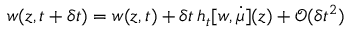
w ( z , t + \delta t ) = w ( z , t ) + \delta t \, h _ { t } [ w , \dot { \mu } ] ( z ) + \mathcal { O } ( \delta t ^ { 2 } )